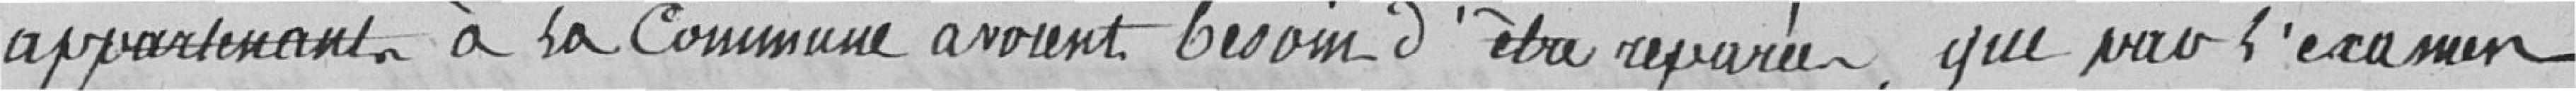
appartenant à la commune avaient besoin d'être réparées, que par l'examen